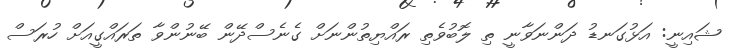
ޝައިނީ: އަޅުގަނޑު ދަންނަވާނީ ތި ލޮބުވެތި ރައްޔިތުންނަށް ގެނެސްދޭން ބޭނުންވާ ތަރައްގީއަށް ހުރަސް